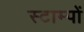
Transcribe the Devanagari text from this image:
स्टाम्पों